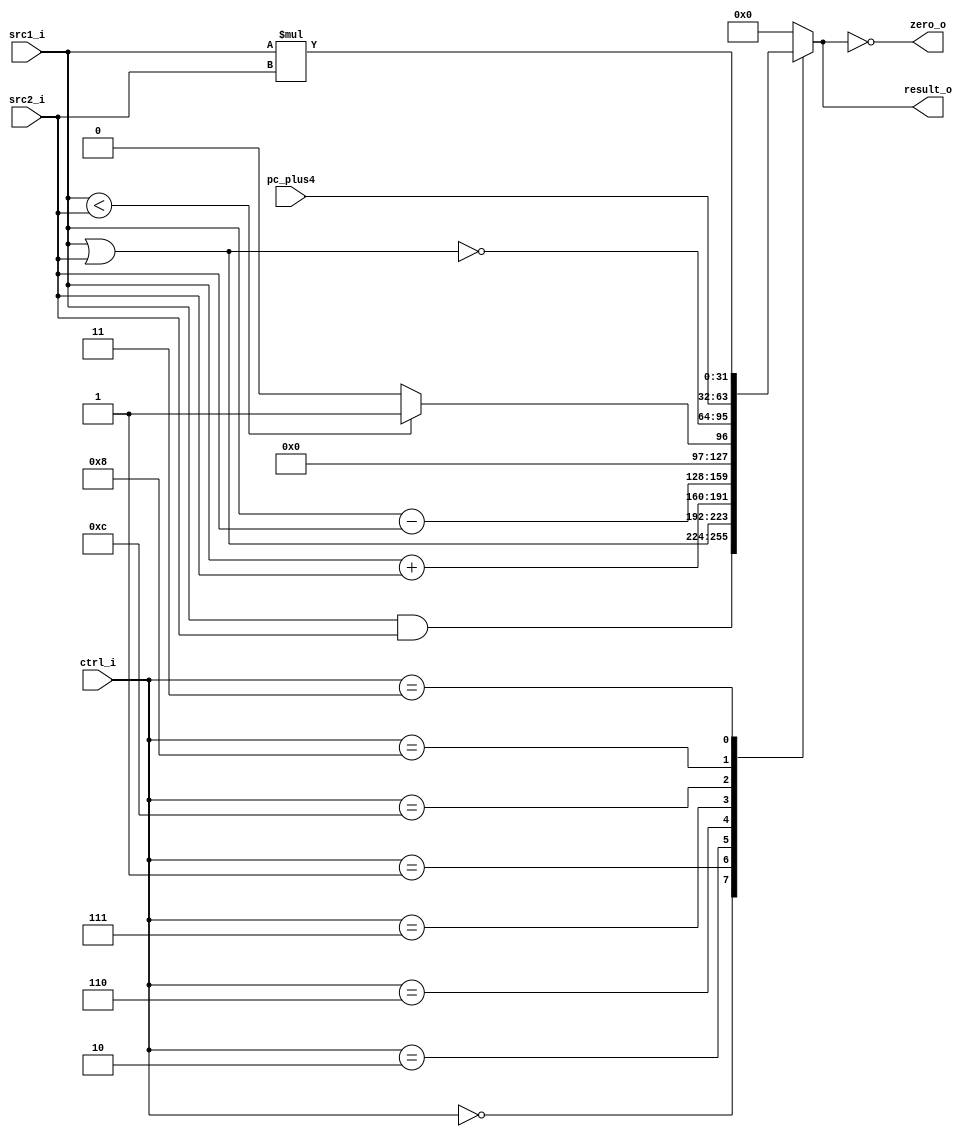
//  0516205  0516228
//Subject:     CO project 2 - ALU
//--------------------------------------------------------------------------------
//Version:     1
//--------------------------------------------------------------------------------
//Writer:      
//----------------------------------------------
//Date:        
//----------------------------------------------
//Description: 
//--------------------------------------------------------------------------------

module ALU(
    src1_i,
	src2_i,
	ctrl_i,
	pc_plus4,
	result_o,
	zero_o
	);
     
//I/O ports
input  [32-1:0]  src1_i;
input  [32-1:0]	 src2_i;
input  [4-1:0]   ctrl_i;
input  [32-1:0]  pc_plus4; //This is for jal

output [32-1:0]	 result_o;
output           zero_o;

//Internal signals
reg    [32-1:0]  result_o;
wire             zero_o;

//Parameter

//Main function
assign zero_o = (result_o==0);

always @(ctrl_i, src1_i, src2_i) begin
	case (ctrl_i)
		0: result_o <= src1_i & src2_i;
		1: result_o <= src1_i | src2_i;
		2: result_o <= src1_i + src2_i;
		6: result_o <= src1_i - src2_i;
		7: result_o <= $signed(src1_i) < $signed(src2_i) ? 1 : 0;
		12: result_o <= ~(src1_i | src2_i);
		8: result_o <= pc_plus4; // Jump, JAL
		3: result_o <= src1_i * src2_i;

		default: result_o <= 0;
	endcase
end

endmodule